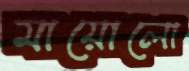
মায়োলো